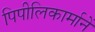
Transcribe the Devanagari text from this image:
पिपीलिकार्मानें